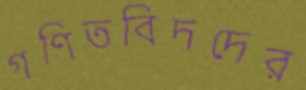
গণিতবিদদের